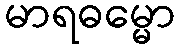
မာရဓမ္မော